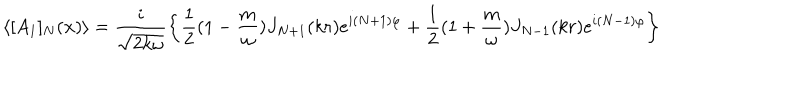
LaTeX: \langle [ A _ { 1 } ] _ { N } ( { \bf x } ) \rangle = \frac { i } { \sqrt { 2 k \omega } } \left\{ \frac { 1 } { 2 } ( 1 - \frac { m } { \omega } ) J _ { N + 1 } ( k r ) e ^ { i ( N + 1 ) \varphi } + \frac { 1 } { 2 } ( 1 + \frac { m } { \omega } ) J _ { N - 1 } ( k r ) e ^ { i ( N - 1 ) \varphi } \right\}